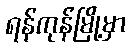
ရန်ကုန်မြို့မှာ